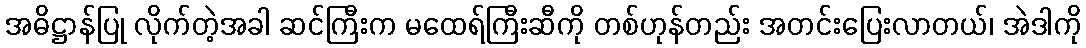
အဓိဋ္ဌာန်ပြု လိုက်တဲ့အခါ ဆင်ကြီးက မထေရ်ကြီးဆီကို တစ်ဟုန်တည်း အတင်းပြေးလာတယ်၊ အဲဒါကို